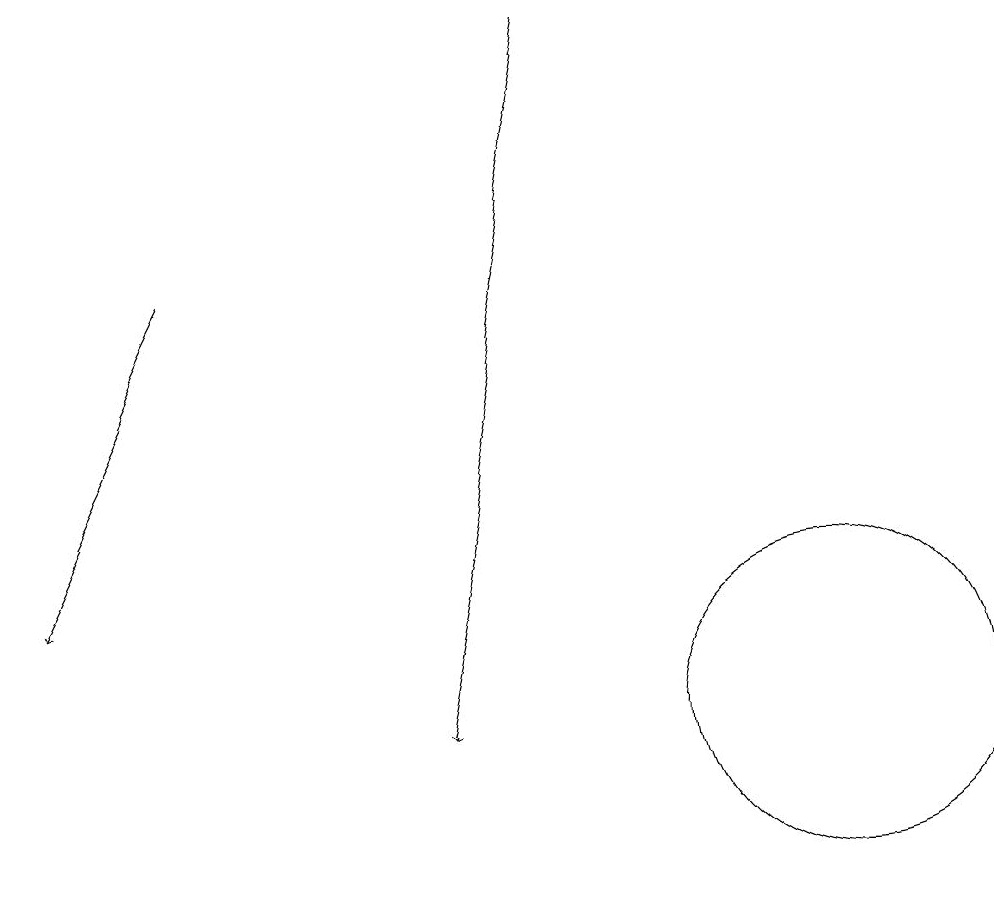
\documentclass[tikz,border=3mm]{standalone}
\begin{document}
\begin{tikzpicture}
\draw[->] (2,16) -- (0,12);
\draw (10,10) circle (2);
\draw[->] (7,19) -- (5,10);
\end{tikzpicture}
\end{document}